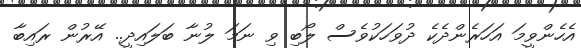
އެހެންވީމަ އަހަރެންދެކެ ދުވަހަކުވެސް ލޯބި ވި ނަމަ ލުނާ ބަލައިދީ.. އޭރުން ރައިބާ